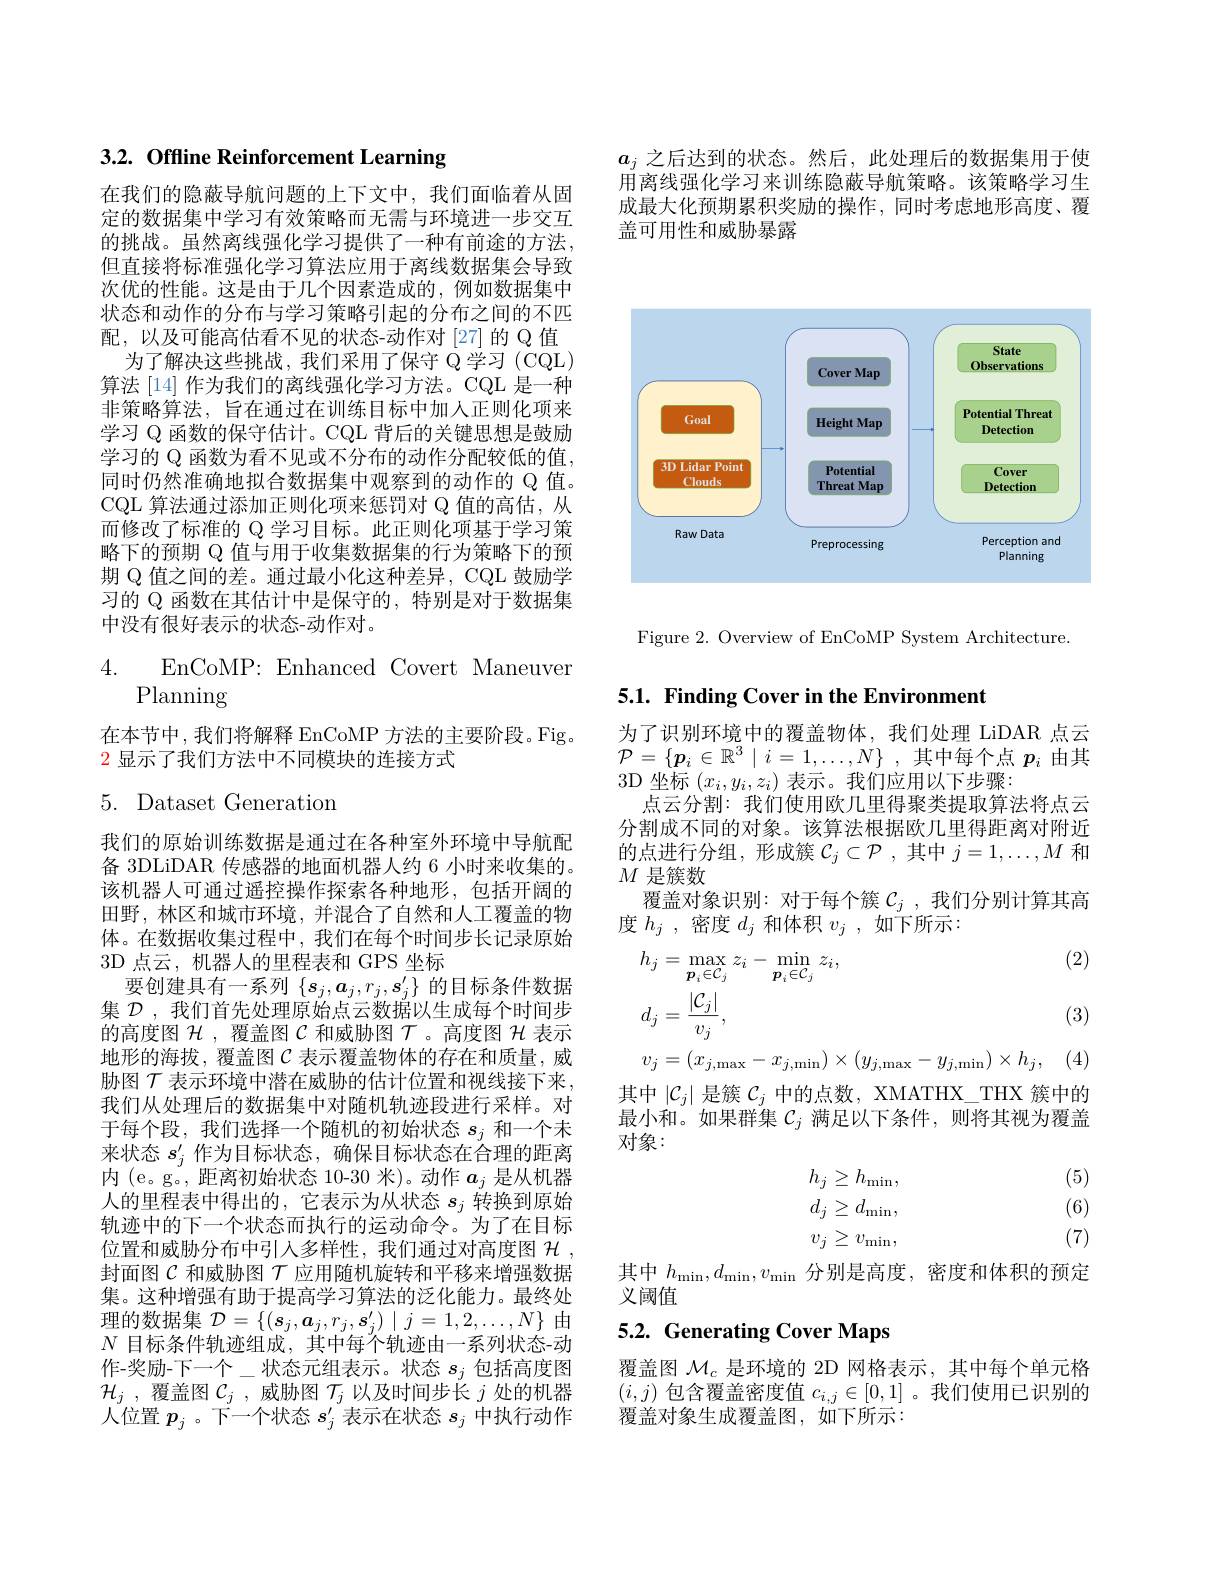
$a_j$之后达到的状态。然后，此处理后的数据集用于使用离线强化学习来训练隐蔽导航策略。该策略学习生成最大化预期累积奖励的操作，同时考虑地形高度、覆盖可用性和威胁暴露

3.2. Offline Reinforcement Learning

在我们的隐蔽导航问题的上下文中，我们面临着从固定的数据集中学习有效策略而无需与环境进一步交互的挑战。虽然离线强化学习提供了一种有前途的方法， 但直接将标准强化学习算法应用于离线数据集会导致次优的性能。这是由于几个因素造成的，例如数据集中状态和动作的分布与学习策略引起的分布之间的不匹配，以及可能高估看不见的状态-动作对[27]的 Q 值
为了解决这些挑战，我们采用了保守 $\dot{\mathrm{Q}}$学习(CQL) 算法 [14] 作为我们的离线强化学习方法。CQL 是一种非策略算法，旨在通过在训练目标中加人正则化项来学习 Q 函数的保守估计。CQL 背后的关键思想是鼓励学习的 Q 函数为看不见或不分布的动作分配较低的值， 同时仍然准确地拟合数据集中观察到的动作的 Q 值。CQL 算法通过添加正则化项来惩罚对 Q 值的高估，从而修改了标准的 Q 学习目标。此正则化项基于学习策略下的预期 Q 值与用于收集数据集的行为策略下的预期 Q 值之间的差。通过最小化这种差异，CQL 鼓励学习的 Q 函数在其估计中是保守的，特别是对于数据集中没有很好表示的状态-动作对。

4. EnCoMP:Enhanced Covert Maneuver
# Planning

在本节中，我们将解释 EnCoMP 方法的主要阶段。Fig。
$\color{red}2$显示了我们方法中不同模块的连接方式

5. Dataset Generation

我们的原始训练数据是通过在各种室外环境中导航配备 3DLiDAR 传感器的地面机器人约 6 小时来收集的。该机器人可通过遥控操作探索各种地形，包括开阔的田野，林区和城市环境，并混合了自然和人工覆盖的物体。在数据收集过程中，我们在每个时间步长记录原始3D 点云，机器人的里程表和 GPS 坐标
要创建具有一系列$\{s_j,\boldsymbol{a}_j,r_j,\boldsymbol{s}_j^{\prime}\}$的目标条件数据集$\mathcal{D}$ ,我们首先处理原始点云数据以生成每个时间步的高度图$\mathcal{H}$ ,覆盖图$\mathcal{C}$和威胁图$\mathcal{T}$。高度图$\mathcal{H}$表示地形的海拔，覆盖图$\mathcal{C}$ 表示覆盖物体的存在和质量，威胁图$\mathcal{T}$表示环境中潜在威胁的估计位置和视线接下来， 我们从处理后的数据集中对随机轨迹段进行采样。对于每个段，我们选择一个随机的初始状态$s_j$和一个未来状态$s_j^{\prime}$作为目标状态，确保目标状态在合理的距离内 (e。g。, 距离初始状态 10-30 米)。动作$a_j$是从机器人的里程表中得出的，它表示为从状态$s_j$转换到原始轨迹中的下一个状态而执行的运动命令。为了在目标位置和威胁分布中引人多样性，我们通过对高度图$\mathcal{H}$, 封面图$\mathcal{C}$和威胁图$\mathcal{T}$应用随机旋转和平移来增强数据集。这种增强有助于提高学习算法的泛化能力。最终处理的数据集$\mathcal{D}=\{(\boldsymbol{s}_j,\boldsymbol{a}_j,r_j,\boldsymbol{s}_j^{\prime})\mid j=1,2,\ldots,N\}$由$N$目标条件轨迹组成，其中每个轨迹由一系列状态-动作-奖励-下一个\_状态元组表示。状态$s_j$包括高度图$\mathcal{H} _{j}$ , 覆 盖 图 $\mathcal{C} _{j}$ , 威 胁 图 $\mathcal{T} _{j}$ 以 及 时 间 步 长 $j$ 处 的 机 器 人 位 署 $\mathbf{n}$ 下 一 个 状 态 $e^{\prime }$ 圭 云 在 状 太 。由 执 行 动 作 人位置$p_j$ 。下一个状态$s_j^\prime$表示在状态$s_j$中执行动作

<FigureHere>

Figure 2. Overview of EnCoMP System Architecture.

$5. 1. \textbf{ Finding Cover in the Environment}$

为了识别环境中的覆盖物体，我们处理 LiDAR 点云$\mathcal{P}=\{\boldsymbol{p}_i\in\mathbb{R}^3\mid i=1,\ldots,N\}$ ,其中每个点$p_i$由其3D 坐标$(x_i,y_i,z_i)$表示。我们应用以下步骤：
点云分割：我们使用欧几里得聚类提取算法将点云分割成不同的对象。该算法根据欧几里得距离对附近的点进行分组，形成簇$\mathcal{C}_j\subset\mathcal{P}$ ,其中$j=1,\ldots,M$和$M$是簇数
覆盖对象识别：对于每个簇$\mathcal{C}_j$ ,我们分别计算其高
度$h_j$ ,密度$d_j$和体积$v_j$ ,如下所示：
$$h_{j}=\max_{\boldsymbol{p}_{i}\in\mathcal{C}_{j}}z_{i}-\min_{\boldsymbol{p}_{i}\in\mathcal{C}_{j}}z_{i},\text{(2)}\\d_{j}=\frac{|\mathcal{C}_{j}|}{v_{j}},\text{(3)}\\v_{j}=(x_{j,\max}-x_{j,\min})\times(y_{j,\max}-y_{j,\min})\times h_{j},\quad(4$$
其中$|\mathcal{C}_j|$是簇$\mathcal{C}_j$中的点数，XMATHX\_THX 簇中的最小和。如果群集$\mathcal{C}_j$满足以下条件，则将其视为覆盖对象：

(5) (6)
$$\begin{array}{c}h_j\ge h_{\min},\\d_j\ge d_{\min},\\v_j\ge v_{\min},\end{array}$$
(7)

其中$h_\mathrm{min},d_\mathrm{min},v_\mathrm{min}$分别是高度，密度和体积的预定
义阈值

# 5.2. Generating Cover Maps

覆盖图$\mathcal{M}_c$是环境的 2D 网格表示，其中每个单元格$(i,j)$包含覆盖密度值$c_i,j\in[0,1]$ 。我们使用已识别的覆盖对象生成覆盖图，如下所示：